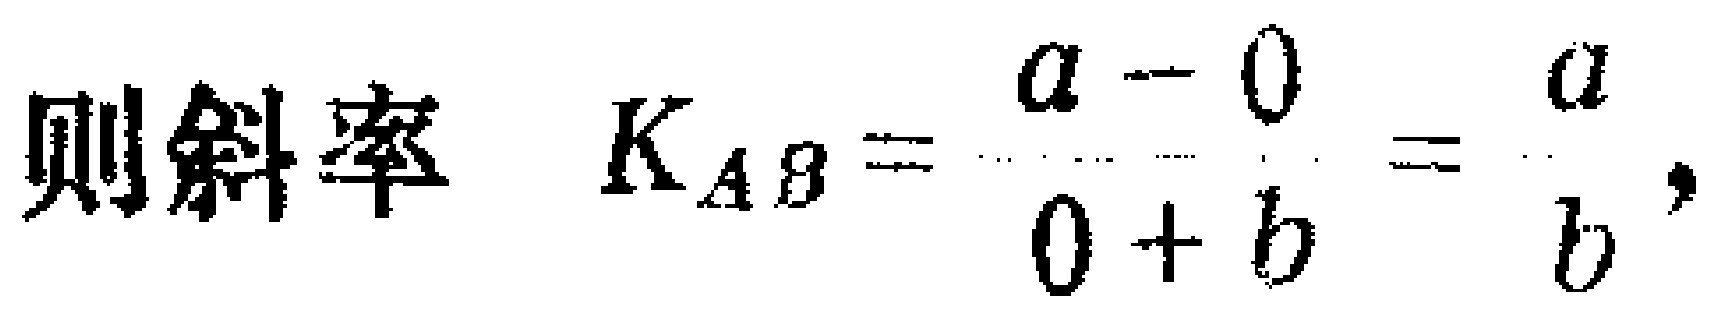
则斜率 \(K_{AB}=\frac{a - 0}{0 + b}=\frac{a}{b},\)